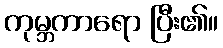
ကုမ္ဘကာရော ပြီး၏။